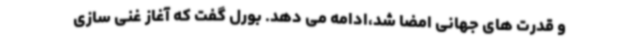
و قدرت های جهانی امضا شد،ادامه می دهد. بورل گفت که آغاز غنی سازی